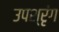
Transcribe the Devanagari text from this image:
उपश्रृंग